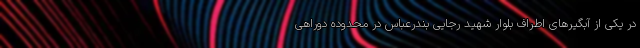
در یکی از آبگیر‌های اطراف بلوار شهید رجایی بندرعباس در محدوده دوراهی